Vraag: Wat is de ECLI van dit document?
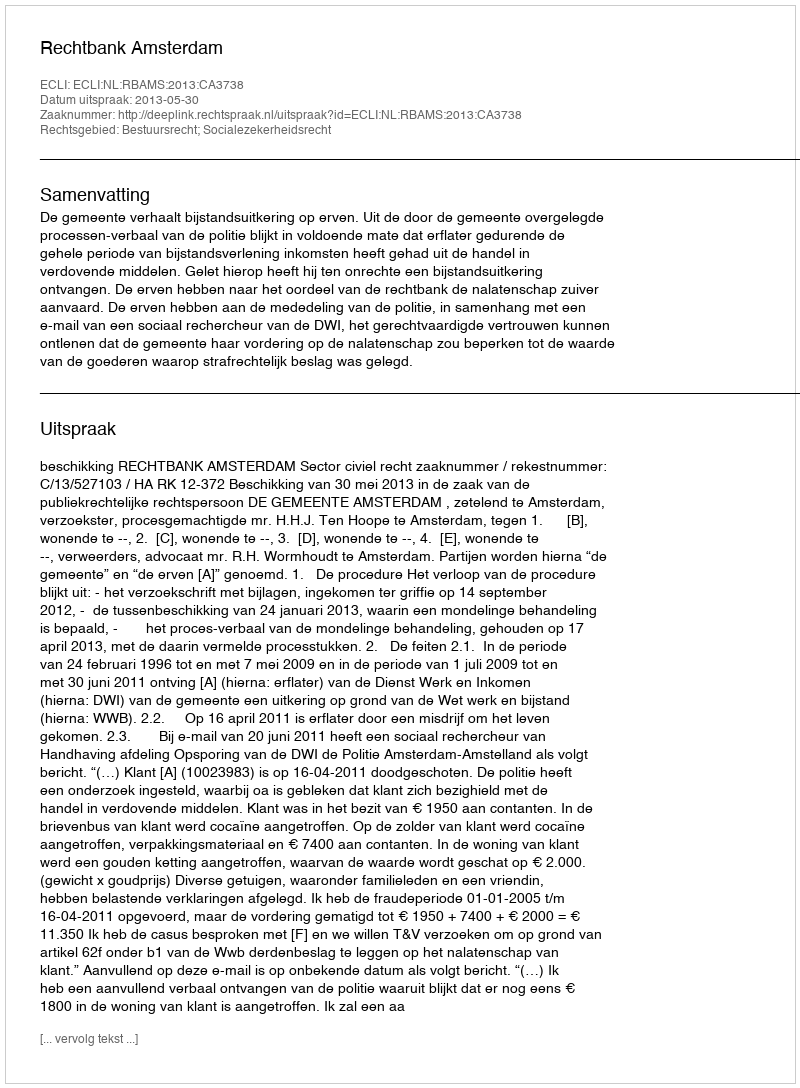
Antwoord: ECLI:NL:RBAMS:2013:CA3738